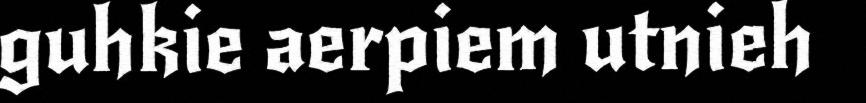
guhkie aerpiem utnieh